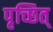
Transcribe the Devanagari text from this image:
पृच्छित्